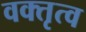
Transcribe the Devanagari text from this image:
वक्‍तृत्‍व